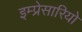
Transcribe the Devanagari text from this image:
इम्प्रेसारियो